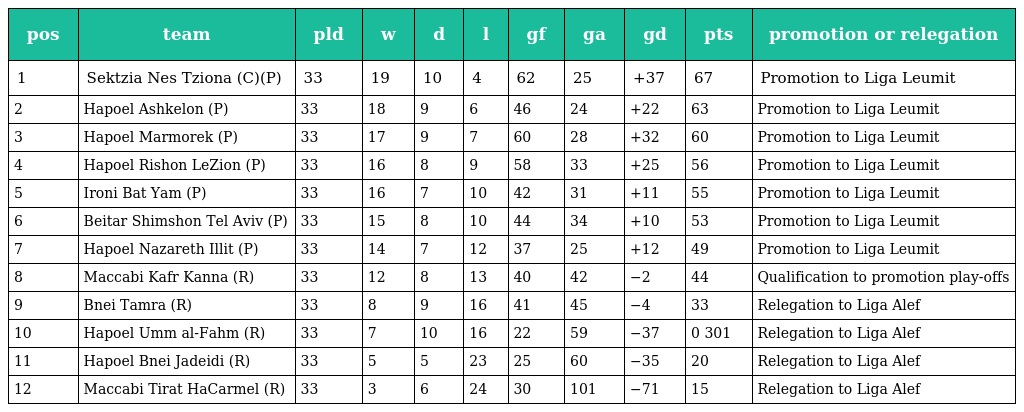
| pos | team | pld | w | d | l | gf | ga | gd | pts | promotion or relegation |
 | --- | --- | --- | --- | --- | --- | --- | --- | --- | --- | --- |
 | 1 | Sektzia Nes Tziona (C)(P) | 33 | 19 | 10 | 4 | 62 | 25 | +37 | 67 | Promotion to Liga Leumit |
 | 2 | Hapoel Ashkelon (P) | 33 | 18 | 9 | 6 | 46 | 24 | +22 | 63 | Promotion to Liga Leumit |
 | 3 | Hapoel Marmorek (P) | 33 | 17 | 9 | 7 | 60 | 28 | +32 | 60 | Promotion to Liga Leumit |
 | 4 | Hapoel Rishon LeZion (P) | 33 | 16 | 8 | 9 | 58 | 33 | +25 | 56 | Promotion to Liga Leumit |
 | 5 | Ironi Bat Yam (P) | 33 | 16 | 7 | 10 | 42 | 31 | +11 | 55 | Promotion to Liga Leumit |
 | 6 | Beitar Shimshon Tel Aviv (P) | 33 | 15 | 8 | 10 | 44 | 34 | +10 | 53 | Promotion to Liga Leumit |
 | 7 | Hapoel Nazareth Illit (P) | 33 | 14 | 7 | 12 | 37 | 25 | +12 | 49 | Promotion to Liga Leumit |
 | 8 | Maccabi Kafr Kanna (R) | 33 | 12 | 8 | 13 | 40 | 42 | −2 | 44 | Qualification to promotion play-offs |
 | 9 | Bnei Tamra (R) | 33 | 8 | 9 | 16 | 41 | 45 | −4 | 33 | Relegation to Liga Alef |
 | 10 | Hapoel Umm al-Fahm (R) | 33 | 7 | 10 | 16 | 22 | 59 | −37 | 0 301 | Relegation to Liga Alef |
 | 11 | Hapoel Bnei Jadeidi (R) | 33 | 5 | 5 | 23 | 25 | 60 | −35 | 20 | Relegation to Liga Alef |
 | 12 | Maccabi Tirat HaCarmel (R) | 33 | 3 | 6 | 24 | 30 | 101 | −71 | 15 | Relegation to Liga Alef |